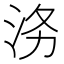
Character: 𭰄